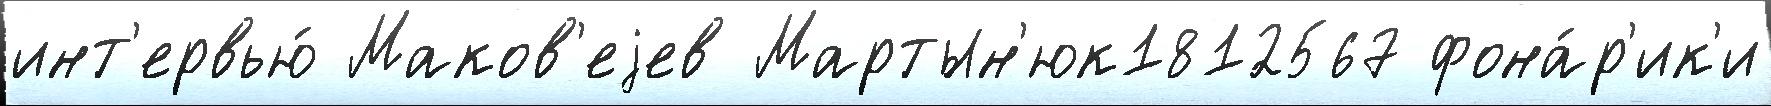
инт'ервью́ Маков'еjев Мартын'юк1812567 фона́р'ик'и